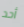
أحد